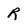
Character: R